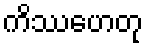
ကိဿဟေတု